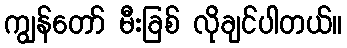
ကျွန်တော် မီးခြစ် လိုချင်ပါတယ်။